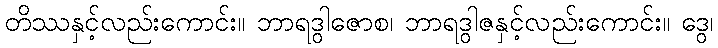
တိဿနှင့်လည်းကောင်း။ ဘာရဒွါဇောစ၊ ဘာရဒွါဇနှင့်လည်းကောင်း။ ဒွေ၊